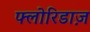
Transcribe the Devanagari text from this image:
फ्लोरिडाज़